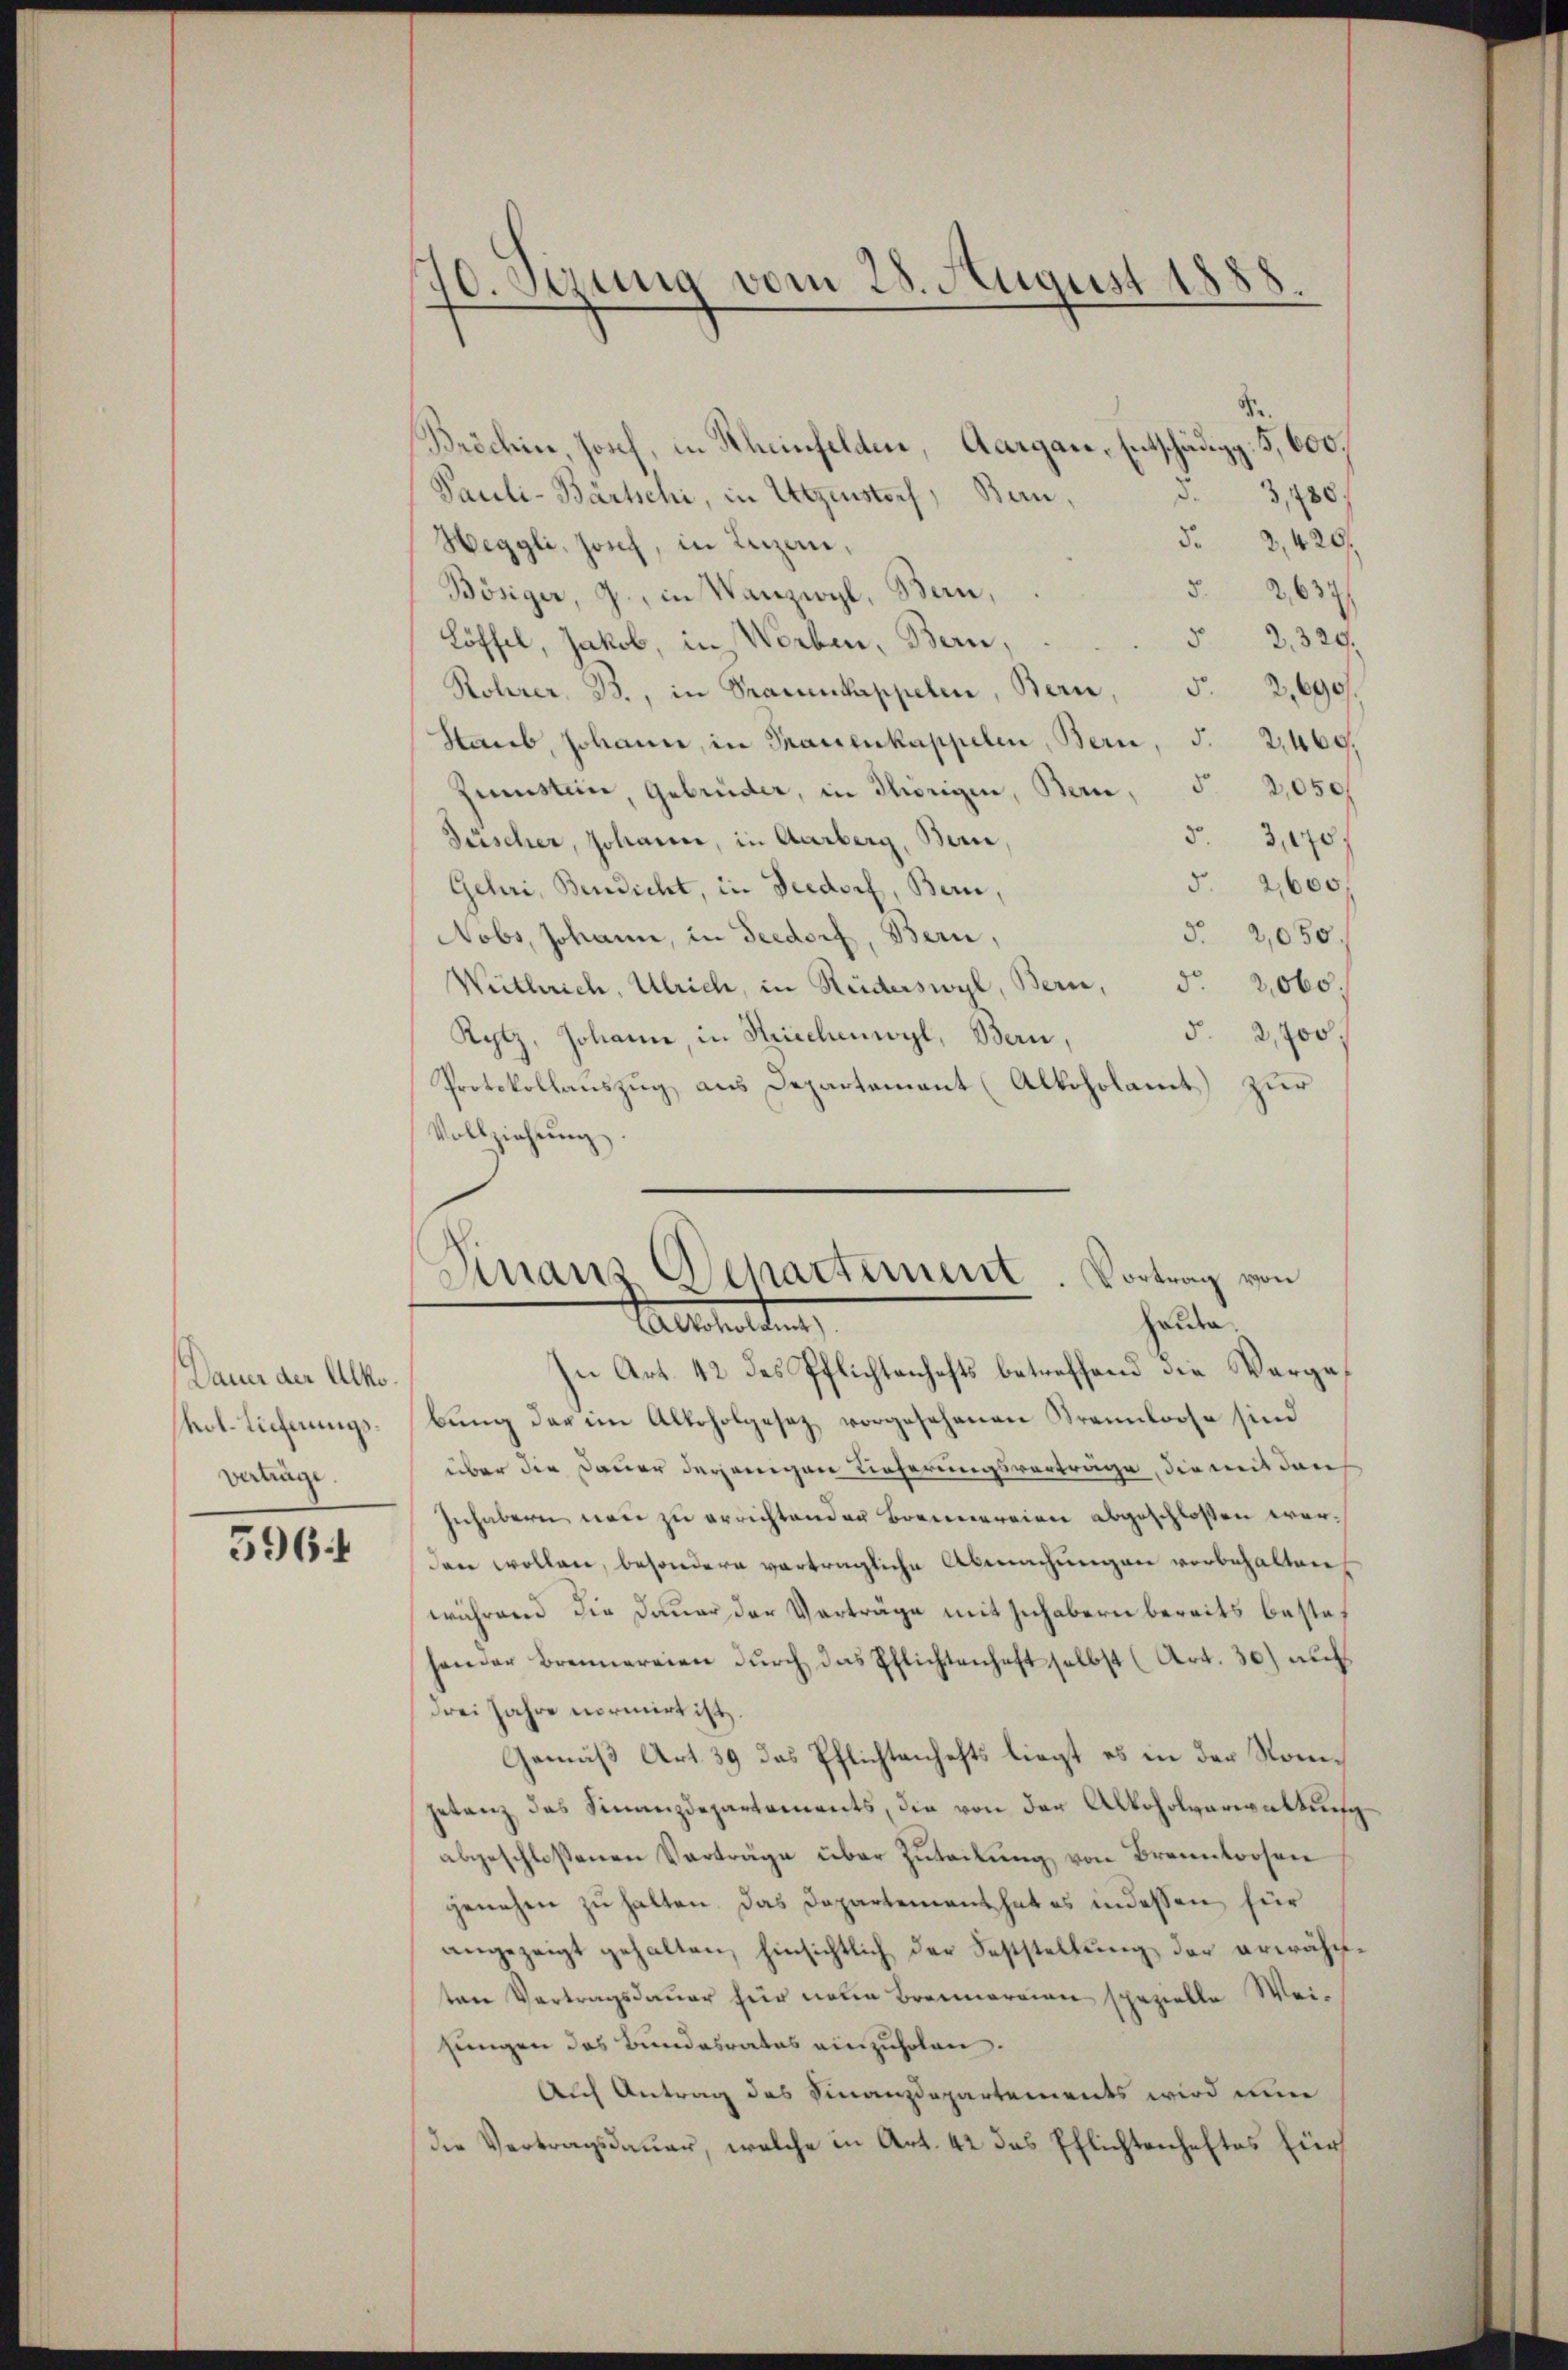
Dauer der Alko
hol. Lieferungsvertrage.

596

70. Sizung vom 28. August 1888.

Bröchin, Josch, in Rheinfelden, Aargare, Entschädigg. 5, 600.
§ 3, 780,
Pauli-Bärtschi, in Wegenstorf, Bern,
 2, 420
Heggli, Josef, in Luzern,
8.
2637
Bösiger, J., in Vanzwyl, Bern,
32. 320.
Löffel, Jakob, in Worben, Bern,
52,690.
Rohrer B., in Trauenkappelin, Bern,
Starb, Johann, in Trauenkappelen, Bern, S. 2,469,
Zimsten, Gebrüder, in Thörigen, Bern, S. 2050
53,170
Füscher, Johanne, in Aarberg, Beri
§. 2600,
Gehri, Benedicht, in Seedorf, Bern,
5. 2,050.
Nobs, Johann, in Seedorf, Bern,
Weitherich, Ulrich, in Reiderswyl, Bern, d. 2060.
§ 2,700,
Rytz, Johann in Kriechenwyl, Bern,
Protokollauszug aus Departement (Alkoholamt zur
Vollziehung

Sinaus Departement
Vortrag von
Hauda.
Labestattung,
In Art. 42 des Pflichtenhafts betreffend die Verge¬

bŭng der im Alkoholgesetz vorgesehenen Trennloose sind
über die Dauer derjenigen Lieferungsvorträge, die mit den
Inhabern von zu errichtenden Brennereien abgeschloßen war.
den wollen, besondere verträgliche Abmachungen vorbehalten
während die Dauer der Vorträge mit Zuhabern bereits bestehander Brennereien dŭrch das Pflichtenhaft selbst (Art. 30) auch
drei Jahre normirt ist.
Gemäß Art. 39 das Pflichtenhefts liegt es in der Nomgetanz das Finanzdepartements, die von der Alkoholverwaltung
abgeschloßenen Verträge über Zuteilung von Branntoosen
genehm zu halten. Das Dapartement hat es indessen für
angezeigt gehalten, hinsichtlich der Feststellung der erwähnten Vertragsdauer hier note Brannorrinn spezielle Weijungen des Bundesrates einzuholen.
Auf Antrag des Finanzdepartements wird eine
die Vertragsdauer, welche in Art. 42 das Pflichtenheftes für